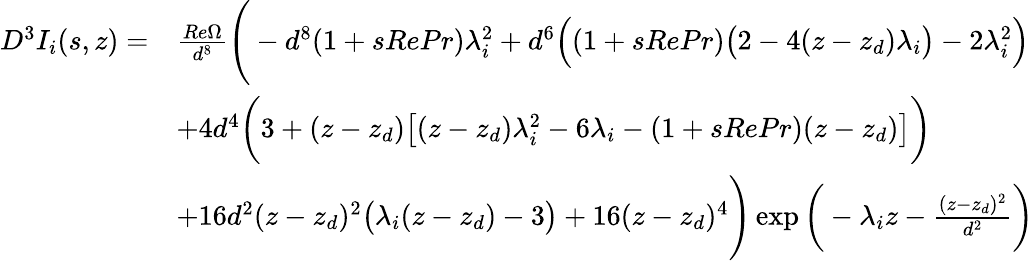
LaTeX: \begin{array}{rl}{D^{3}I_{i}(s,z)=}&{\frac{Re\Omega}{d^{8}}\Bigg(-d^{8}(1+sRePr)\lambda_{i}^{2}+d^{6}\Big((1+sRePr)\big(2-4(z-z_{d})\lambda_{i}\big)-2\lambda_{i}^{2}\Big)}\\ &{+4d^{4}\bigg(3+(z-z_{d})\big[(z-z_{d})\lambda_{i}^{2}-6\lambda_{i}-(1+sRePr)(z-z_{d})\big]\bigg)}\\ &{+16d^{2}(z-z_{d})^{2}\big(\lambda_{i}(z-z_{d})-3\big)+16(z-z_{d})^{4}\Bigg)\exp\bigg(-\lambda_{i}z-\frac{(z-z_{d})^{2}}{d^{2}}\bigg)}\end{array}